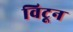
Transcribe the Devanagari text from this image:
विटून